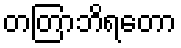
တတြာဘိရတော